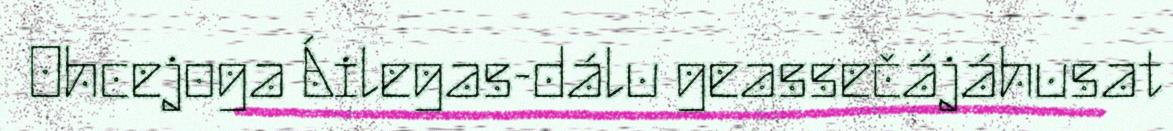
Ohcejoga Áilegas-dálu geassečájáhusat